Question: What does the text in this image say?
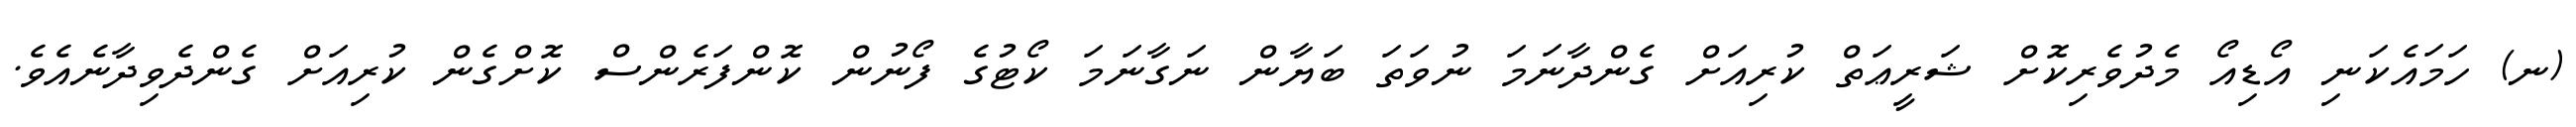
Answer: (ނ) ހަމައެކަނި އޯޑިއޯ މެދުވެރިކޮށް ޝަރީޢަތް ކުރިއަށް ގެންދާނަމަ ނުވަތަ ބަޔާން ނަގާނަމަ ކޯޓުގެ ފޯނުން ކޮންފަރެންސް ކޮށްގެން ކުރިއަށް ގެންދެވިދާނެއެވެ.